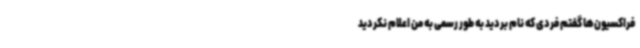
فراکسیون‌ها گفتم فردی که نام بردید به طور رسمی به من اعلام نکردید